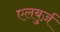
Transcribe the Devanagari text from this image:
एलबुर्ज़